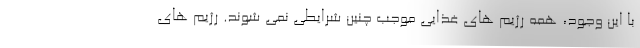
با این وجود، همه رژیم های غذایی موجب چنین شرایطی نمی شوند. رژیم های